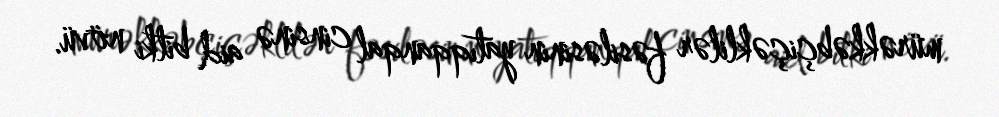
mürəkkəbçiçəklilər fəsiləsinin yatıqqanqal cinsinə aid bitki növü.